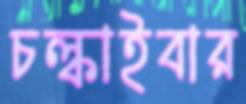
চল্‌কাইবার